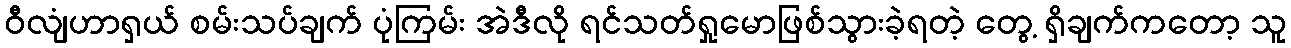
ဝီလျံဟာရှယ် စမ်းသပ်ချက် ပုံကြမ်း အဲဒီလို ရင်သတ်ရှုမောဖြစ်သွားခဲ့ရတဲ့ တွေ့ ရှိချက်ကတော့ သူ